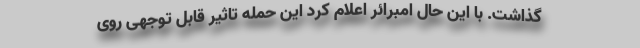
گذاشت. با این حال امبرائر اعلام کرد این حمله تاثیر قابل توجهی روی